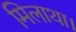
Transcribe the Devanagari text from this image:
मिलाथा।